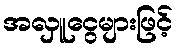
အလှူငွေများဖြင့်